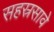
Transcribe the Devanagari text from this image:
सहस्रसावे